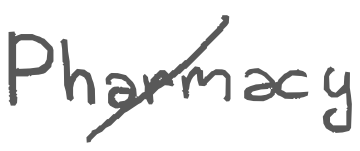
Text: Pharmacy
Cross-out: mix
Writing tool: digital_gray